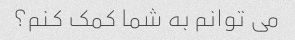
می توانم به شما کمک کنم؟